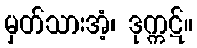
မှတ်သားအံ့၊ ဒုက္ကဋ်။